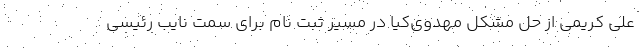
علی کریمی از حل مشکل مهدوی‌کیا در مسیر ثبت نام برای سمت نایب رئیسی